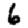
Digit: 6